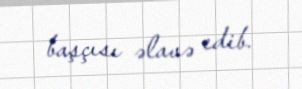
başçısı əlavə edib.